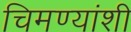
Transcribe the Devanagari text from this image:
चिमण्यांशी